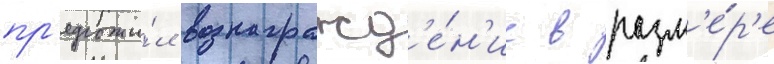
пр'едложи́л вознагражд'е́н'ие в разм'е́р'е